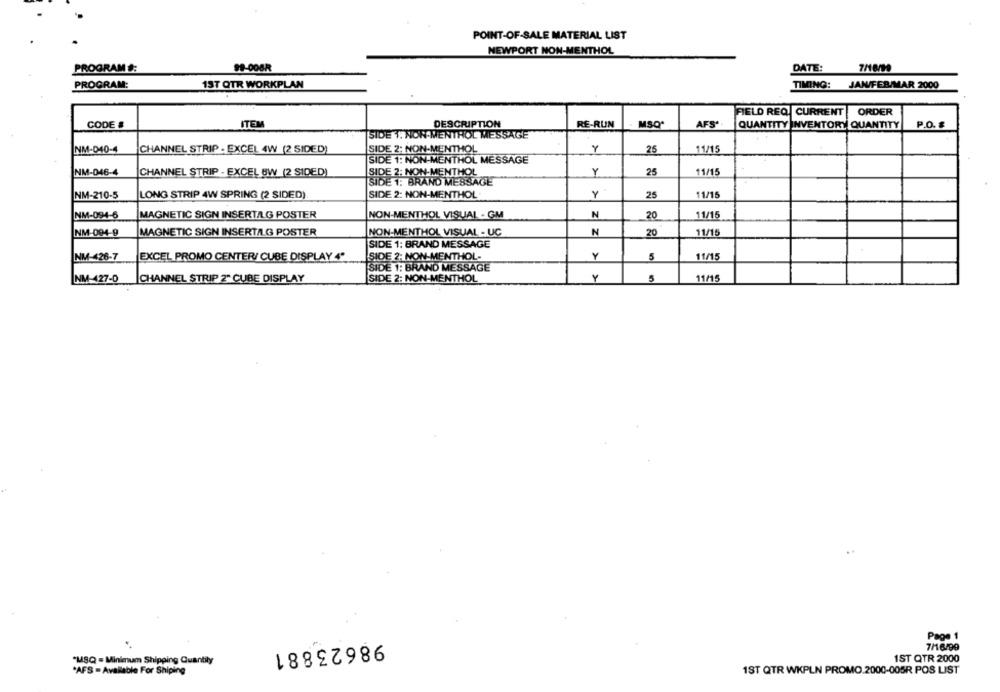
POINT-OF-SALE MATERIAL LIST
NEWPORT NON-MENTHOL
PROGRAM:
99-008R
DATE:
PROGRAM:
1ST QTR WORKPLAN
TIMING:
JAN/FEB/MAR 2000
FIELD REQ CURRENT
ORDER
CODE #
ITEM
DESCRIPTION
RE-RUN
MSQ*
AFS'
QUANTITY INVENTORY QUANTITY
P.O. &
SIDE \. NON.MENTHOL MESSAGE
NM-040-4
CHANNEL STRIP - EXCEL 4W (2 SIDED)
SIDE 2: NON-MENTHOL
Y
25
11/15
SIDE 1: NON-MENTHOL MESSAGE
NM-046-4
CHANNEL STRIP - EXCEL 6W (2 SIDED)
SIDE 2: NON-MENTHOL
Y
25
11/15
SIDE 1: BRAND MESSAGE
LONG STRIP 4W SPRING (2 SIDED)
SIDE 2: NON-MENTHOL
Y
11/15
NM-210-5
25
MAGNETIC SIGN INSERTALG POSTER
NON-MENTHOL VISUAL - GM
N
20
11/15
NM-094-6
NM-094-9
MAGNETIC SIGN INSERTALG POSTER
NON-MENTHOL VISUAL - UC
N
20
11/15
SIDE 1: BRAND MESSAGE
NM-426-7
EXCEL PROMO CENTER/ CUBE DISPLAY 4"
SIDE 2: NON-MENTHOL-
Y
5
11/15
SIDE 1: BRAND MESSAGE
NM-127-0
CHANNEL STRIP 2" CUBE DISPLAY
SIDE 2: NON-MENTHOL
11/15
Page 1
98623881
7/16/99
1ST QTR 2000
"MSQ = Minimum Shipping Quantity
*AFS - Available For Shiping
1ST QTR WKPLN PROMO.2000-005R POS LIST